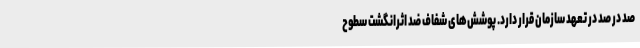
صد در صد در تعهد سازمان قرار دارد. پوشش‌های شفاف ضد اثرانگشت سطوح